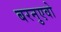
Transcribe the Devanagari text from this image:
बरनुएवो